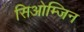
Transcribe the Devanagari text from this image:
सिओम्जिन